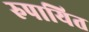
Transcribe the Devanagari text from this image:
रुपायित